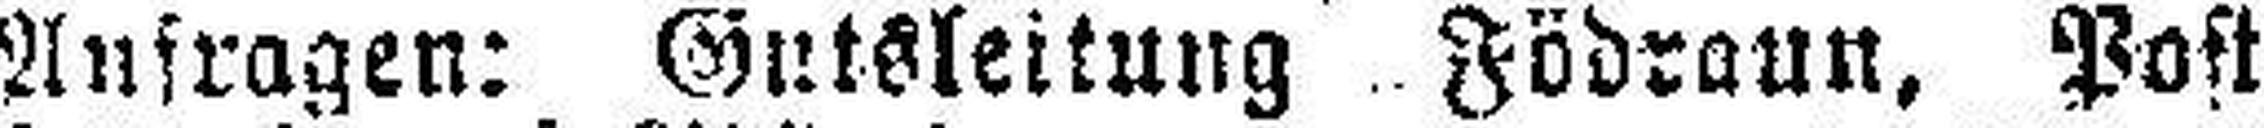
Anfragen: Gutsleitung Födraun, Post